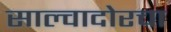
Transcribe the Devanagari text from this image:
साल्वादोरचा